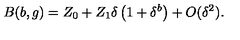
B ( b , g ) = Z _ { 0 } + Z _ { 1 } \delta \left( 1 + \delta ^ { b } \right) + O ( \delta ^ { 2 } ) .